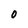
Character: O